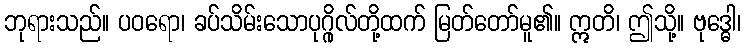
ဘုရားသည်။ ပဝရော၊ ခပ်သိမ်းသောပုဂ္ဂိုလ်တို့ထက် မြတ်တော်မူ၏။ ဣတိ၊ ဤသို့။ ဗုဒ္ဓေါ၊